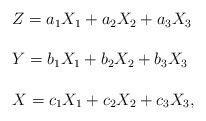
\begin{align*} \begin{array}{lll}Z=a_1X_1+a_2X_2+a_3X_3\ \\\\Y=b_1X_1+b_2X_2+b_3X_3\ \\\\X=c_1X_1+c_2X_2+c_3X_3,\end{array}\end{align*}